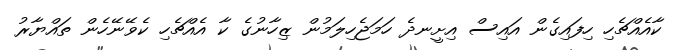
ކާއެއްޗެހި ހިފައިގެން އައިސް އިށީނދެ ހަމަޖެހިލަމުން ޒިހާނުގެ ކާ އެއްޗެހި ކެވޭނޭހެން ތައްޔާރު